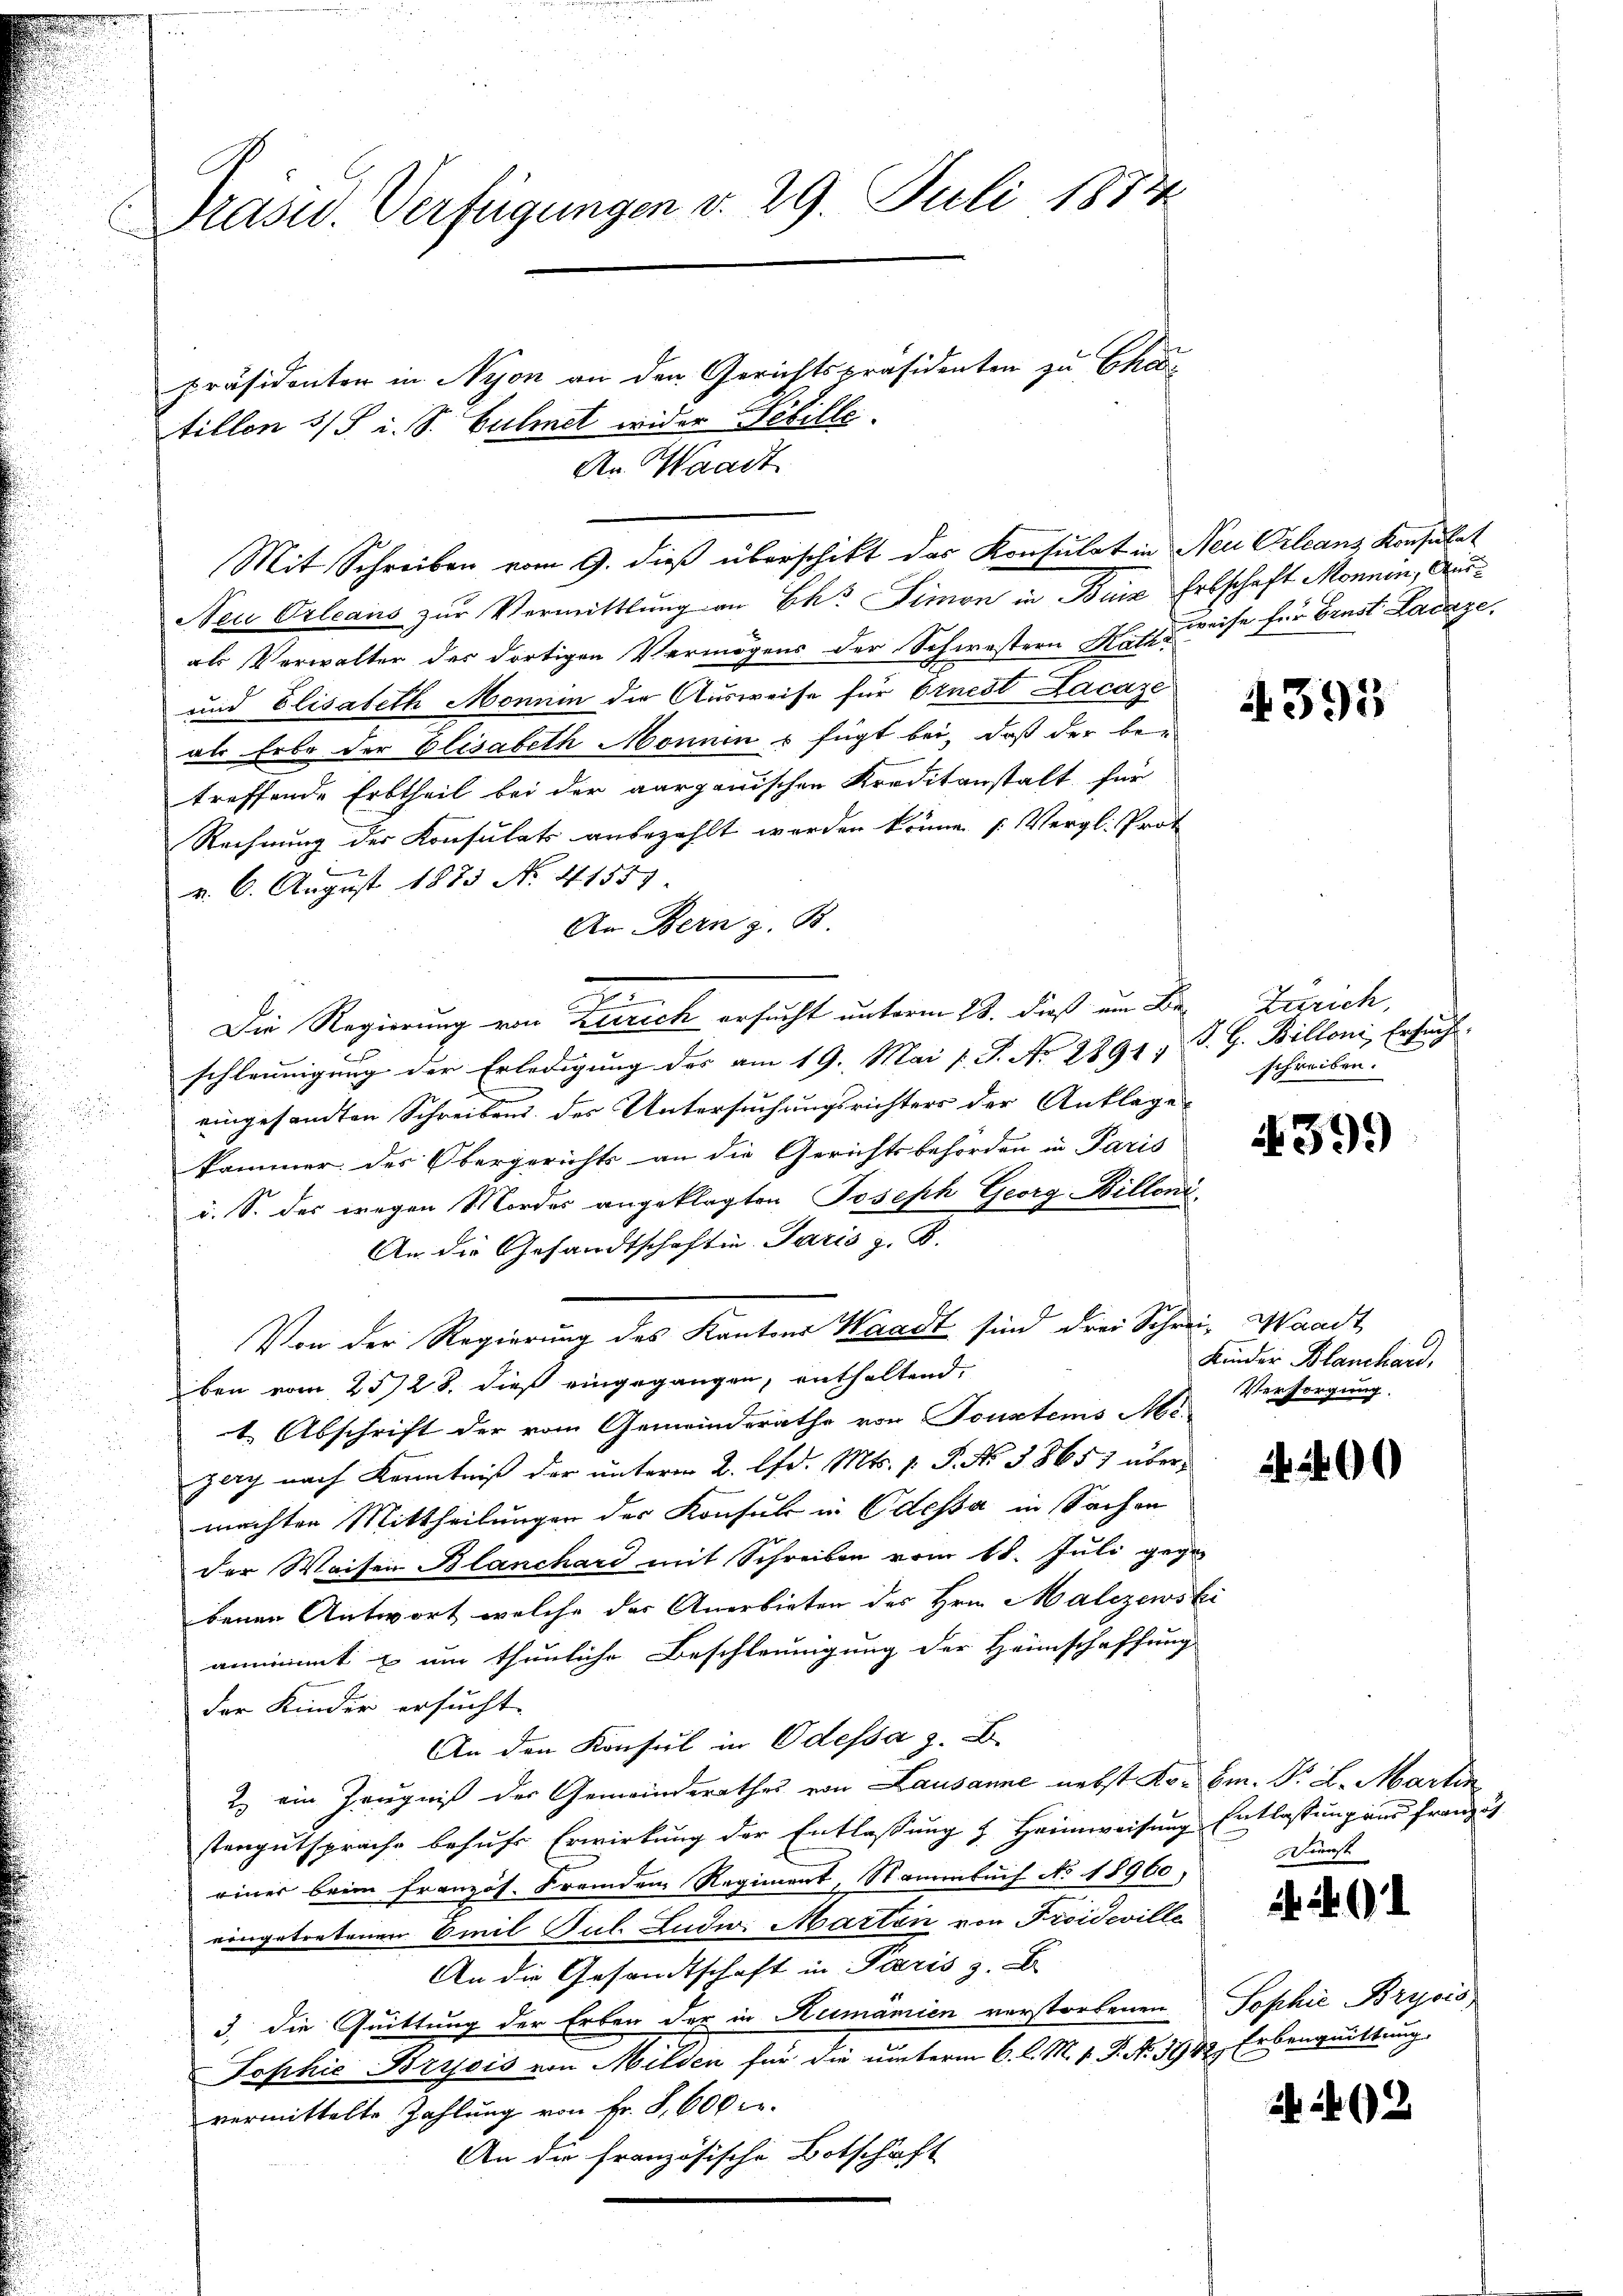
Präsid. Verfügungen d. 29. Juli 1874
.
präsidenten in Nyon an den Gerichtspräsidenten zu Char

tillen 3/5 i. S. Culmet wider Schille.
An Waadt
Neu Orleans zur Vermittlung an Ch. Simon in Buie Erbschaft Monnin, Ausals Verwalter der dortigen Vermögens der Schwestern Hatz, weise für Ernst Lacage,
und Elisabeth Monnin die Ausweise für Ernest Lacaze
als Erbe der Elisabeth Monnen u fügt bei, daß der be-
treffende Erbtheil bei der aargauischen Kreditanstalt für
Rechnung der Konsulats anbezahlt worden könne. (Vergl. Prot
v. 6. August 1873 No 41551.
An Bern z. B.
e
Die Regierung von Zürich ersucht unterm 28. dieß am Br. Zürich,
schleunigung der Erledigung des am 19. Mai v. J. No 2891, S. G. Billoni, Ersucht.
eingesandten Schreibens des Untersuchungsrichters der Anklage
kammer des Obergerichts an die Gerichtsbehörden in Paris
i. S. des wegen Mordes angeklagten Joseph Georg Billoni¬
An die Gesandtschaften Paris z. B.
Von der Regierung des Kantons Waadt sind drei Schrei- Waadt
ben vom 2528. dieß eingegangen, enthaltend,
1 Abschrift der vom Gemeinderathe von Sonstems Mi-
zery nach Kenntniß der unterm 2. d. Mts. p. P. Nr. 38651 übermachten Mittheilungen der Konsul in Odessa in Sachen
der Waisen Blanchard mit Schreiben vom 18. Juli gegen
benen Antwort welche der Anerbieten des Hrn. Malezewski
annimmt & um thunliche Beschleunigung der Heimschaffung
der Kinder ersucht.
An den Konsul in Odessa z. B.
2) ein Zeugniß der Gemeinderathes von Lausanne nebst Ko- Bm. P. L. Martin
stengutsprache behufe Erwirkung der Entlassung & Heimweisung Entlassung und franzis
einer beim Französ. Fremden Regiment, Stammbuch No 18960,
eingetretenen Emil Jul. Ludw. Marten von Proideville
An die Gesandtschaft in Paris z. B.
3., die Quittung der Erben der in Rumänien verstorbenen Sophie Bryoco
Tophie Brysis von Milden für die unterm 6. l. M. v. P. No. 332, Erbenquittung
vermittelte Zahlung von Fr. 8,600 r.
An die französische Botschaft

Mit Schreiben vom 9. dieß überschikt das Konsulat in Neu Orleans Konsulat

4395

schreiben.

4399

Kinder Blanchard,
Versorgung.

290

Dienst

N 22